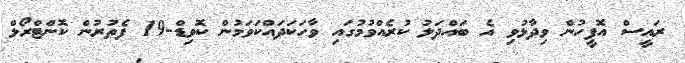
ރައީސް އޮފީހުން ވިދާޅުވި އެ ބައްދަލު ކުރެއްވުމުގައި ވާހަކަދައްކަވަމުން ކޮވިޑް-19 ފެތުރުން ކޮންޓްރޯލް